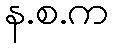
န.စ.က